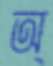
অ্